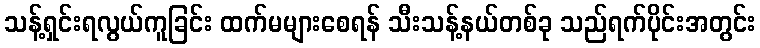
သန့်ရှင်းရလွယ်ကူခြင်း ထက်မများစေရန် သီးသန့်နယ်တစ်ခု သည်ရက်ပိုင်းအတွင်း